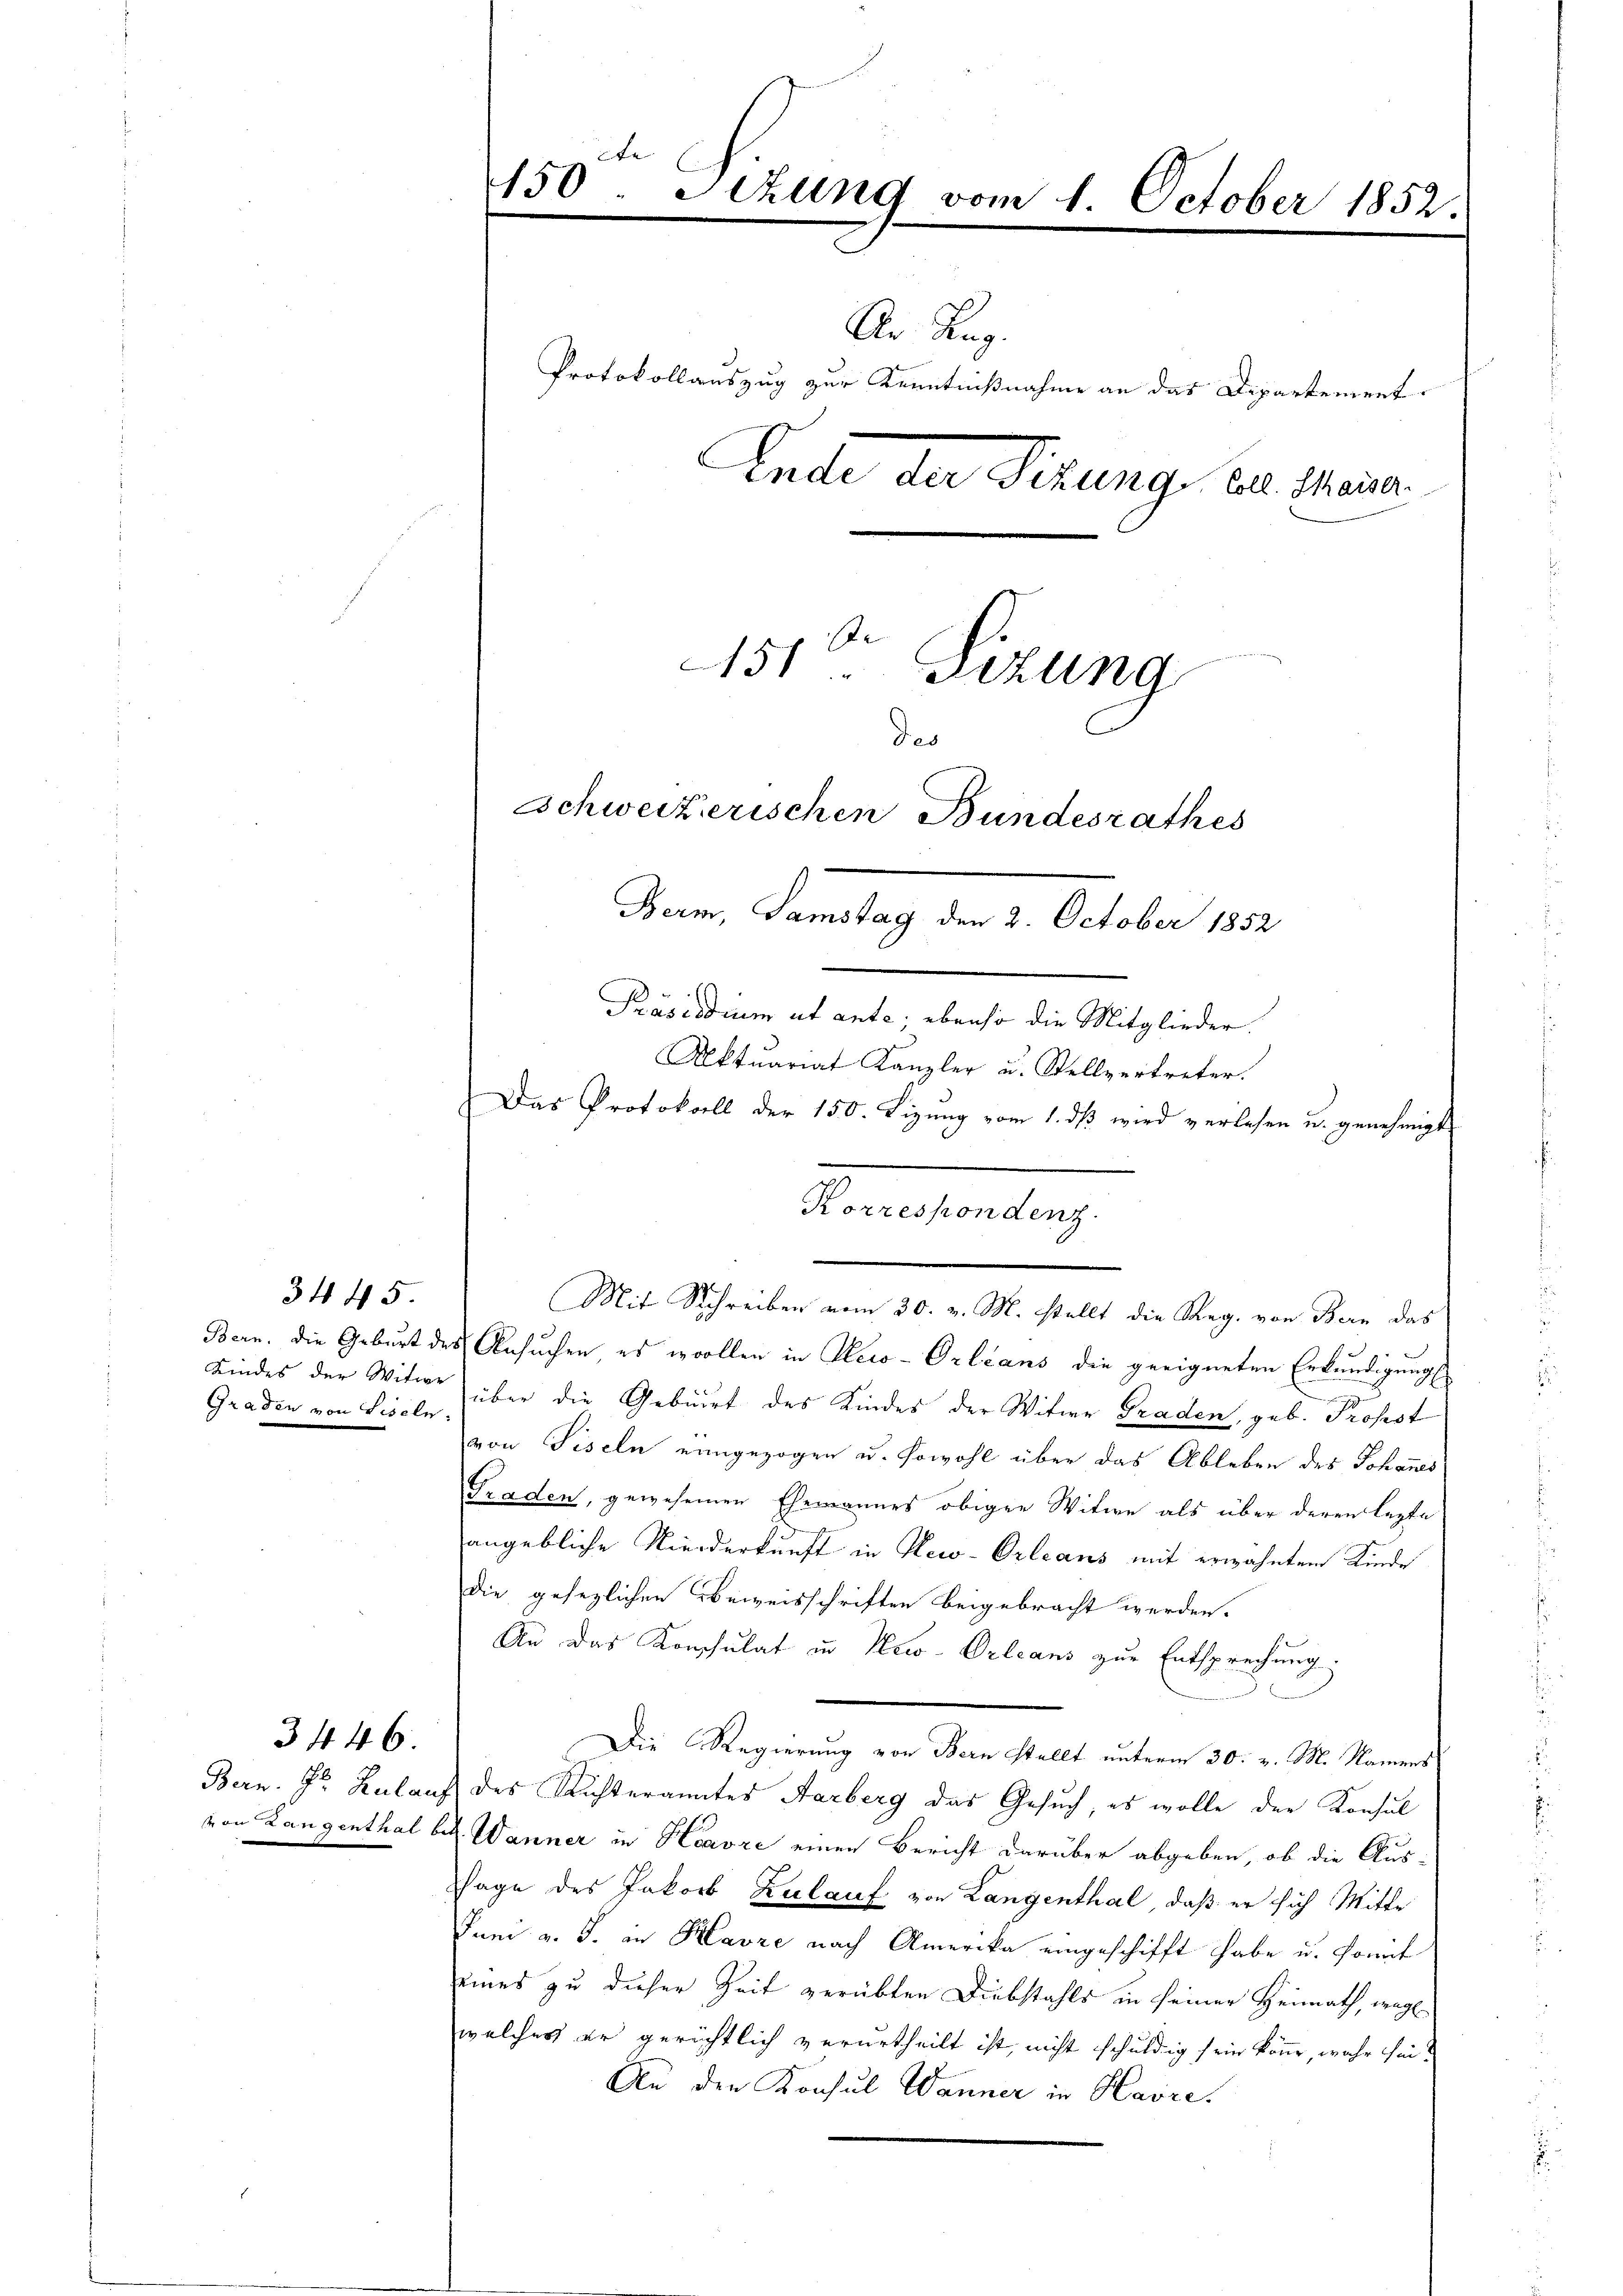
Bern, die Geburt de
Kindes der Witwe
Graden von Liseln.

34 45

Bern. Hr. Rular
von Langenthal b

3446.

450. Sizung vom 1. October 1852.
e

Ar. Reg.
Protokollauszug zur Kenntnißnahme an das Dipartement.
Ende der Sitzung bel. Mann
151. Sitzung
des
Schweizerischen Bundesrathes
Bern Samstag den 2. October 1852
Präsidium et ante; ebenso die Mitglieder.
Aktuariat Kanzler u. Stellvertreter.
Das Protokoll der 150. Sizung vom 1. dß wird verlesen u. genehmigt

n
Korrespondenz.

Mit Schreiben vom 30. v. M. stellt die Reg. von Bern das
Ansuchen es wollen in Reco-Orleans die geeigneten Erkundigungsüber die Geburt des Kindes der Witwe Graden, geb. Profest
von Piseln eingezogen u. sowohl über das Ableben des Johannes
Graden, gewesenen Ehemannes obigen Witwe als über deren lezte
angebliche Niederkunft in New-Orleans mit erwähntem Kinde
die gesezlichen Beizeisschriften beigebracht werden.
An das Konsulat in New-Orleans zur Entsprechung
Die Regierung von Bern stellt unterm 30. v. M. Namens
des Richteramtes Aarberg das Gesuch, es wolle der Konsul
Wanner in Havre einen Bericht darüber abgeben, ob die Aus-
Tage des Jakob Zulauf von Langenthal, daß er sich Mitte
Pum v. J. in Havre nach Amerika eingeschifft habe u. konnt
eines zu dieser Zeit verübten Diebstahls in seiner Heimath, weg
welches er gerichtlich verurtheilt ist, nicht schuldig sein könne, wahr hin¬
Au den Konsul Wanner in Havre